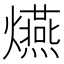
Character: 𤒈